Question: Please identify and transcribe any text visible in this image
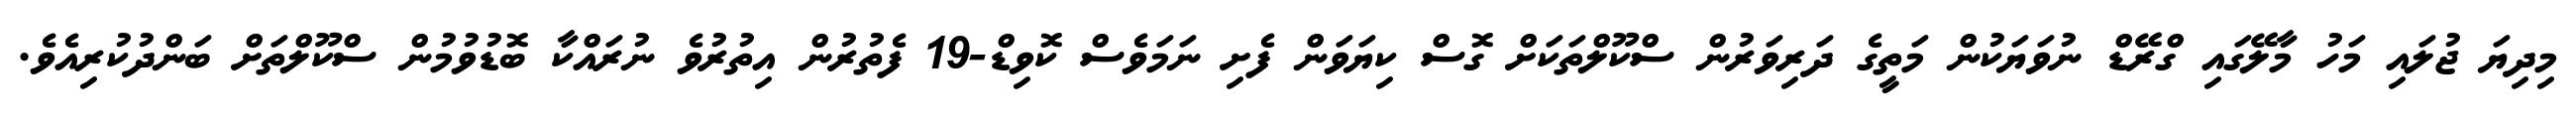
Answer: މިދިޔަ ޖުލައި މަހު މާލޭގައި ގްރޭޑް ނުވަޔަކުން މަތީގެ ދަރިވަރުން ސްކޫލްތަކަށް ގޮސް ކިޔަވަން ފެށި ނަމަވެސް ކޮވިޑް-19 ފެތުރުން އިތުރުވެ ނުރައްކާ ބޮޑުވުމުން ސްކޫލްތަށް ބަންދުކުރިއެވެ.